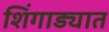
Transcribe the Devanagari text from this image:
शिंगाड्यात